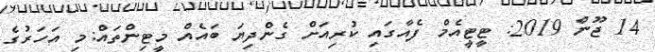
14 ޖޫން 2019: ޓީޓީއެމް ފެއާގައި ކުރިއަށް ގެންދިޔަ ބައެއް މީޓިންތައް:މި އަހަރުގެ